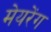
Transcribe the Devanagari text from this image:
मेयरेंग